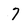
Character: 7